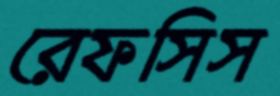
রেফসিস